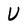
Character: U